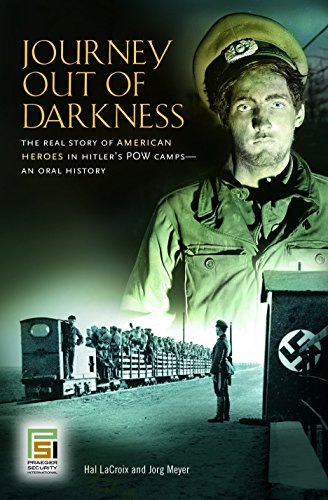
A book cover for Journey Out of Darkness: The Real Story of American Heroes in Hitler's POW Camps--An Oral History (Praeger Security International); Hal LaCroix; History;